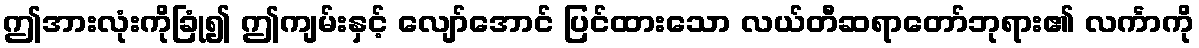
ဤအားလုံးကိုခြုံ၍ ဤကျမ်းနှင့် လျော်အောင် ပြင်ထားသော လယ်တီဆရာတော်ဘုရား၏ လင်္ကာကို